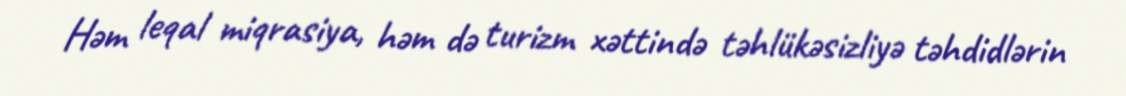
Həm leqal miqrasiya, həm də turizm xəttində təhlükəsizliyə təhdidlərin